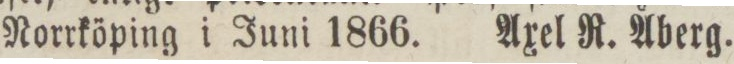
Norrköping i Juni 1866.    Axel R. Åberg.